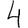
Digit: 4